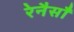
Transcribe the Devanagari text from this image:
रेनैसाँ